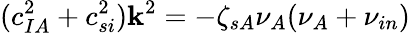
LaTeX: (c_{IA}^{2}+c_{si}^{2})\mathbf{k}^{2}=-\zeta_{sA}{\nu_{A}}({\nu_{A}}+{\nu_{in}})